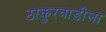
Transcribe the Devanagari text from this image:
ठाकुरवाडीला